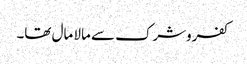
کفروشرک سے مالا مال تھا۔